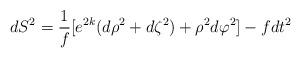
LaTeX: \begin{align*}dS^{2} = {1\over f}\lbrack e^{2k}(d\rho^{2} + d\zeta^{2}) + \rho^{2} d\varphi^{2} \rbrack - fdt^{2} \end{align*}